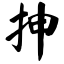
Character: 抻